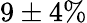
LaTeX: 9\pm 4\%